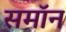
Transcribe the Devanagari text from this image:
समॉन